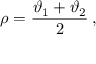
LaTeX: \rho = \displaystyle \frac { \vartheta _ { 1 } + \vartheta _ { 2 } } { 2 } \: ,